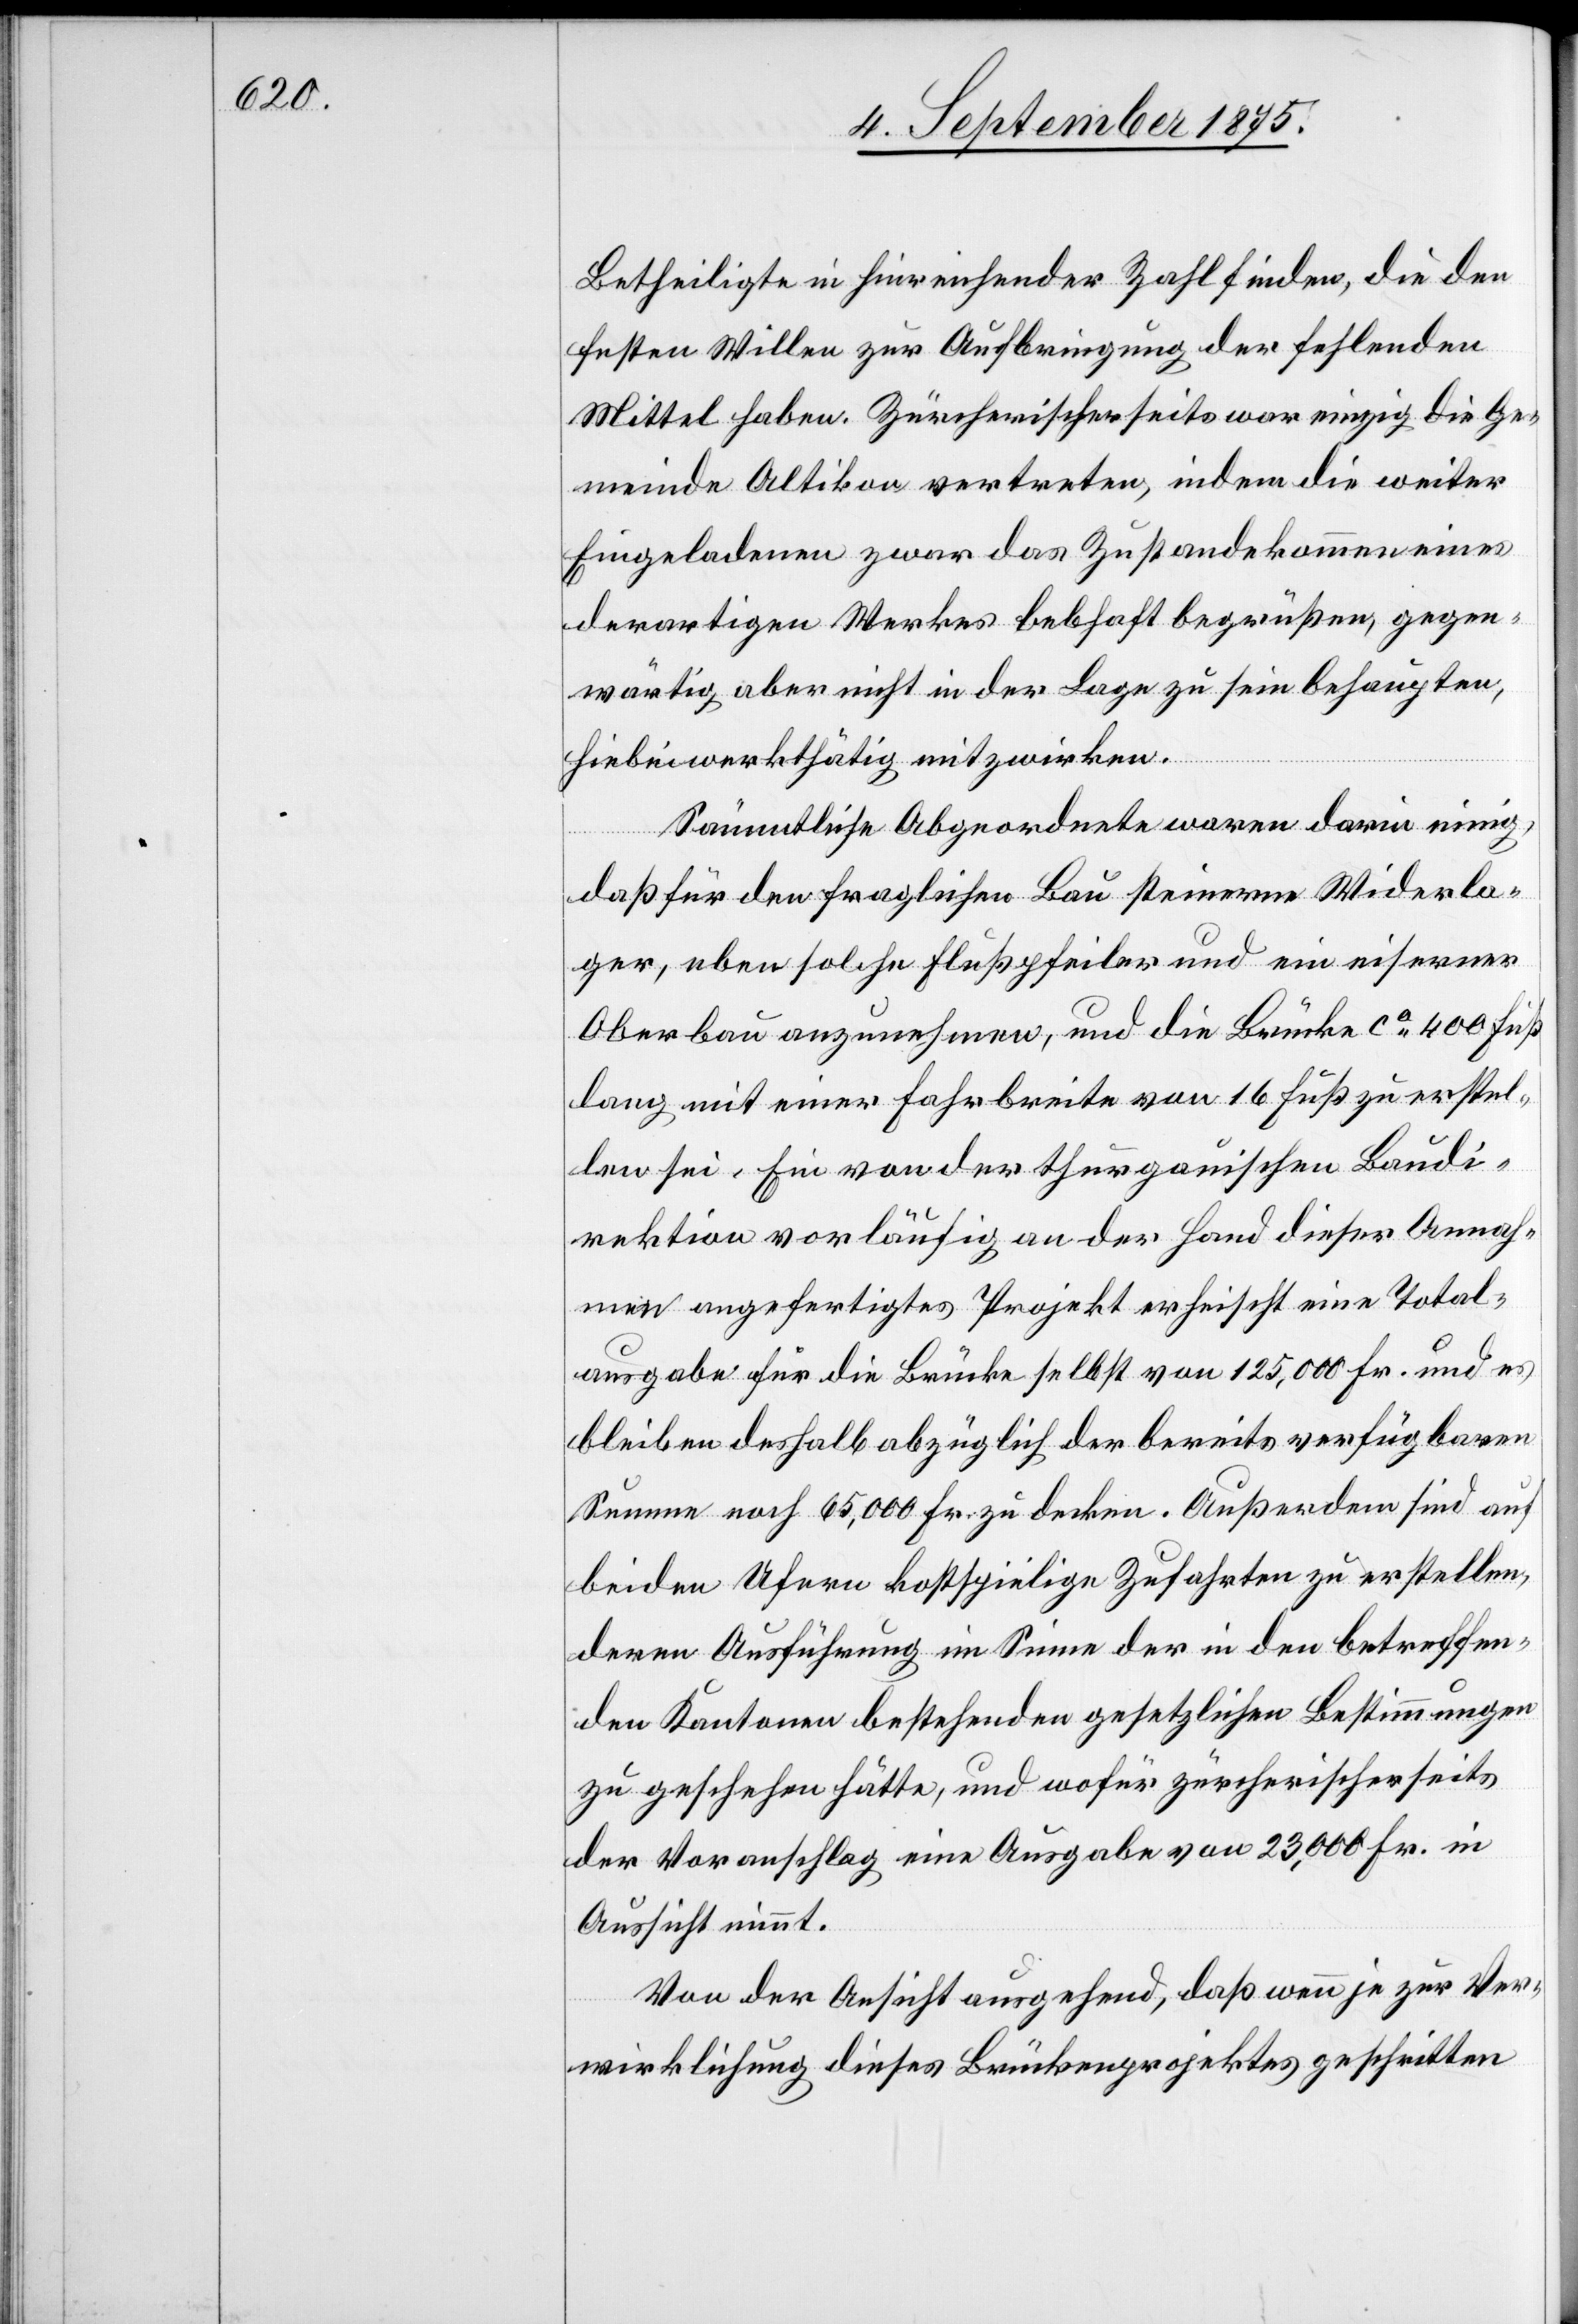
Betheiligte in hinreichender Zahl finden, die den
festen Willen zur Aufbringung der fehlenden
Mittel haben. Zürcherischerseits war einzig die Ge¬
meinde Altikon vertreten, indem die weiter
Eingeladenen zwar das Zustandekommen eines
derartigen Werkes lebhaft begrüßen, gegen¬
wärtig aber nicht in der Lage zu sein behaupten,
hiebei wohlthätig mitzuwirken.
Sämmtliche Abgeordnete waren darin einig,
daß für den fraglichen Bau steinerne Wiederla¬
ger, eben solche Flußpfeiler und ein eiserner
Oberbau anzunehmen, und die Brücke ca 400 Fuß
lang mit einer Fahrbreite von 16 Fuß zu erstel¬
len sei. Ein von der thurgauischen Baudi¬
rektion vorläufig an der Hand dieser Annah¬
men angefertigtes Projekt erheischt eine Total¬
ausgabe für die Brücke selbst von 125,000 Fr. und es
bleiben deshalb abzüglich der bereits verfügbaren
Summe noch 65,000 Fr. zu decken. Außerdem sind auf
beiden Ufern kostspielige Zufahrten zu erstellen,
deren Ausführung im Sinne der in den betreffen¬
den Kantonen bestehenden gesetzlichen Bestimmungen
zu geschehen hätte, und wofür zürcherischerseits
der Voranschlag eine Ausgabe von 23,000 Fr. in
Aussicht nimmt.
Von der Ansicht ausgehend, daß wenn je zur Ver¬
wirklichung dieses Brückenprojektes geschritten